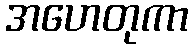
အဟေတုကာ